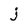
Character: j